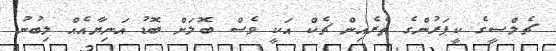
ޗެލްސީގެ ކީޕަރުންގެ ތެރެއިން ޗެކް އަކީ ވެސް ބޮލަށް ބޮޑު އަނިޔާއެއް ލިބުނު